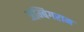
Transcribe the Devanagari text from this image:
अम्बिगराम